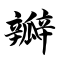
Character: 瓣